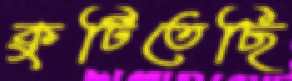
কুটিতেছি